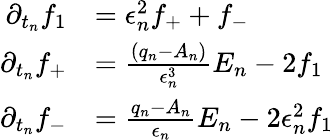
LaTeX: \begin{array}{rl}{\partial_{t_{n}}f_{1}}&{=\epsilon_{n}^{2}f_{+}+f_{-}}\\ {\partial_{t_{n}}f_{+}}&{=\frac{(q_{n}-A_{n})}{\epsilon_{n}^{3}}E_{n}-2f_{1}}\\ {\partial_{t_{n}}f_{-}}&{=\frac{q_{n}-A_{n}}{\epsilon_{n}}E_{n}-2\epsilon_{n}^{2}f_{1}}\end{array}